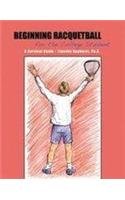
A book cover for Beginning Racquetball for the College Student: A Survival Guide; BAGHURST  TIMOTHY; Sports & Outdoors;